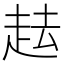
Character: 𧺷